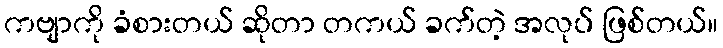
ကဗျာကို ခံစားတယ် ဆိုတာ တကယ် ခက်တဲ့ အလုပ် ဖြစ်တယ်။